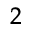
^ 2